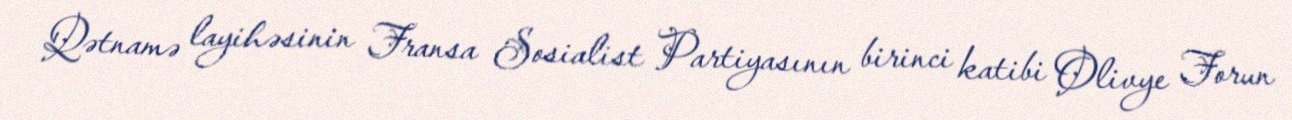
Qətnamə layihəsinin Fransa Sosialist Partiyasının birinci katibi Olivye Forun